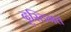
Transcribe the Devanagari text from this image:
दृस्टिगत